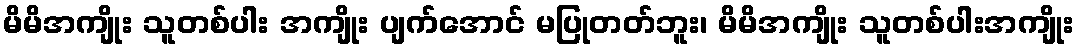
မိမိအကျိုး သူတစ်ပါး အကျိုး ပျက်အောင် မပြုတတ်ဘူး၊ မိမိအကျိုး သူတစ်ပါးအကျိုး